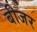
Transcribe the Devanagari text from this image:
बीजर